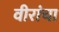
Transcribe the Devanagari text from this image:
वीरांचा